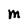
Character: M